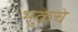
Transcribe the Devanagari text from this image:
भुकेचे